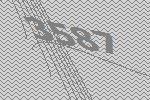
3587